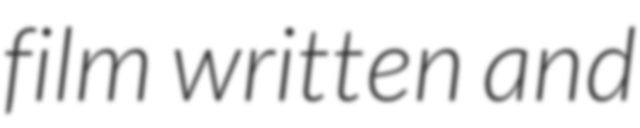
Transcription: film written and